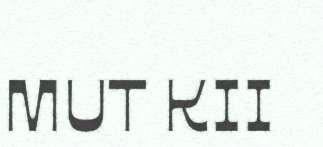
MUT KII